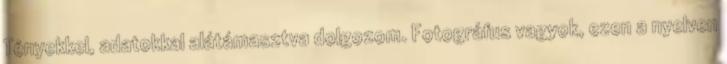
Tényekkel, adatokkal alátámasztva dolgozom. Fotográfus vagyok, ezen a nyelven